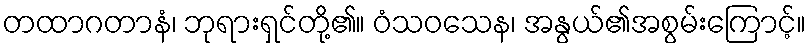
တထာဂတာနံ၊ ဘုရားရှင်တို့၏။ ဝံသဝသေန၊ အနွယ်၏အစွမ်းကြောင့်။